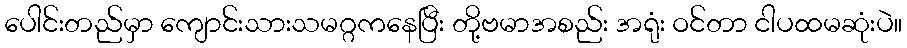
ပေါင်းတည်မှာ ကျောင်းသားသမဂ္ဂကနေပြီး တို့ဗမာအစည်း အရုံး ဝင်တာ ငါပထမဆုံးပဲ။